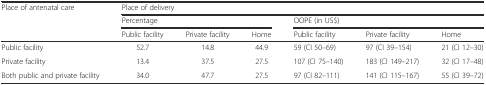
| <ROWSPAN=3> Place of antenatal care | <COLSPAN=6> Place of delivery |
 | <COLSPAN=3> Percentage | <COLSPAN=3> OOPE (in US$) |
 | Public facility | Private facility | Home | Public facility | Private facility | Home |
 | --- | --- | --- | --- | --- | --- | --- |
 | Public facility | 52.7 | 14.8 | 44.9 | 59 (CI 50–69) | 97 (CI 39–154) | 21 (CI 12–30) |
 | Private facility | 13.4 | 37.5 | 27.5 | 107 (CI 75–140) | 183 (CI 149–217) | 32 (CI 17–48) |
 | Both public and private facility | 34.0 | 47.7 | 27.5 | 97 (CI 82–111) | 141 (CI 115–167) | 55 (CI 39–72) |